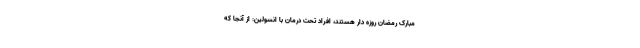
مبارک رمضان روزه دار هستند، افراد تحت درمان با انسولین: از آنجا که